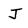
Character: J